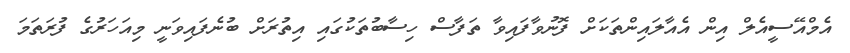
އެމްއޭސީއެލް އިން އެއާލައިންތަކަށް ފޮނުވާފައިވާ ތަފާސް ހިސާބުތަކުގައި އިތުރަށް ބުނެފައިވަނީ މިއަހަރުގެ ފުރަތަމަ